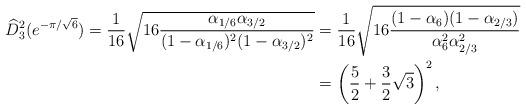
LaTeX: \begin{align*}\widehat{D}_3^2(e^{-\pi/\sqrt{6}}) =\frac{1}{16}\sqrt{16\frac{\alpha_{1/6}\alpha_{3/2}}{(1-\alpha_{1/6})^2(1-\alpha_{3/2})^2}}&=\frac{1}{16}\sqrt{16\frac{(1-\alpha_6)(1-\alpha_{2/3})}{\alpha_6^2\alpha_{2/3}^2}}\\&=\left(\frac{5}{2}+\frac{3}{2}\sqrt{3}\right)^2,\end{align*}